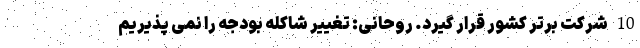
10 شرکت برتر کشور قرار گیرد. روحانی: تغییر شاکله بودجه را نمی پذیریم